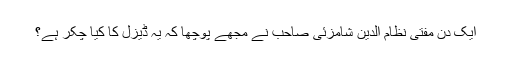
ایک دن مفتی نظام الدین شامزئی صاحب نے مجھے پوچھا کہ یہ ڈیزل کا کیا چکر ہے؟